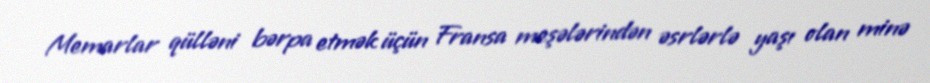
Memarlar qülləni bərpa etmək üçün Fransa meşələrindən əsrlərlə yaşı olan minə